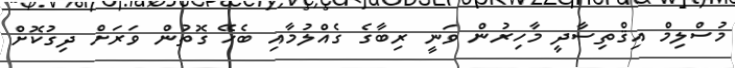
މުސްލިމް އިޤްތިސާދީ މާހިރުން ވަނީ ރިބާގެ ގެއްލުމާއި ބެހޭ ގޮތުން ވަރަށް ދިގުކޮށް